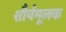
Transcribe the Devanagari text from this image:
शौर्यमूलक